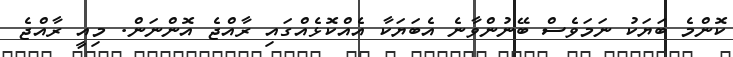
ކޮންމެ ބަޔަކު ނަމަވެސް ބޭނުންވާނެ އެބަޔަކާ އެއްކޮޅެއްގައި ރާއްޖެ އޮންނަން. މިއީ ރާއްޖެ